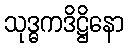
သုဒ္ဓကဒိဋ္ဌိနော